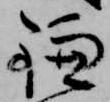
鎌